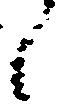
々